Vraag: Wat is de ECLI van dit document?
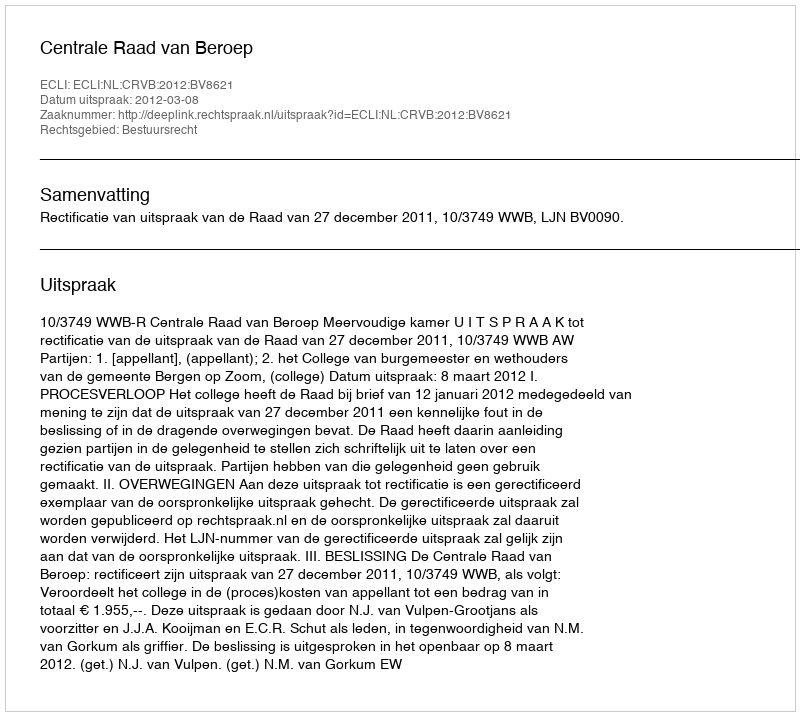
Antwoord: ECLI:NL:CRVB:2012:BV8621